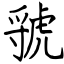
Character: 虢